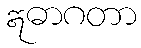
ဣဓာဂတာ